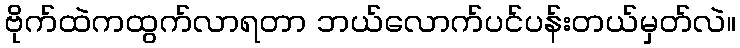
ဗိုက်ထဲကထွက်လာရတာ ဘယ်လောက်ပင်ပန်းတယ်မှတ်လဲ။